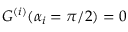
G ^ { ( i ) } ( \alpha _ { i } = \pi / 2 ) = 0